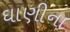
ઘાણીના